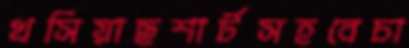
খসিয়াছশার্টসহবেচা